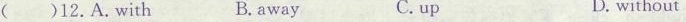
( )12.A.With B. away C. up D. without